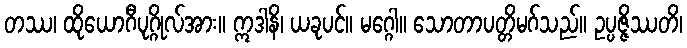
တဿ၊ ထိုယောဂီပုဂ္ဂိုလ်အား။ ဣဒါနိ၊ ယခုပင်။ မဂ္ဂေါ။ သောတာပတ္တိမဂ်သည်။ ဥပ္ပဇ္ဇိဿတိ၊